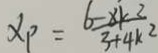
x _ { P } = \frac { 6 - 8 k ^ { 2 } } { 3 + 4 k ^ { 2 } }